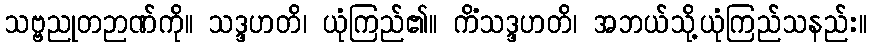
သဗ္ဗညုတဉာဏ်ကို။ သဒ္ဒဟတိ၊ ယုံကြည်၏။ ကိံသဒ္ဒဟတိ၊ အဘယ်သို့ယုံကြည်သနည်း။